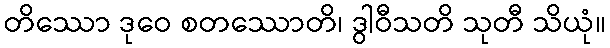
တိဿော ဒုဝေ စတဿောတိ၊ ဒွါဝီသတိ သုတီ သိယုံ။